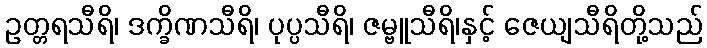
ဥတ္တရသီရိ၊ ဒက္ခိဏသီရိ၊ ပုပ္ပသီရိ၊ ဇမ္ဗူသီရိ၊နှင့် ဇေယျသီရိတို့သည်